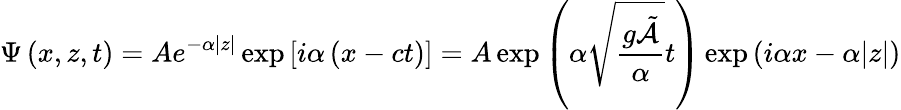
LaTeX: \Psi\left(x,z,t\right)=Ae^{-\alpha|z|}\exp\left[i\alpha\left(x-ct\right)\right]=A\exp\left(\alpha{\sqrt{\frac{g{\tilde{\mathcal{A}}}}{\alpha}}}t\right)\exp\left(i\alpha x-\alpha|z|\right)